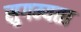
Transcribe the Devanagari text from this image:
सुगम्यता